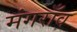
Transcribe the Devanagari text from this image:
मंगराँव